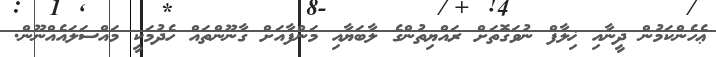
ޢެހެންކަމުން ދީނާއި ޚިލާފް ނުވަގޮތަށް ރައްޔިތުންގެ ލާބަޔާއި މަންފާއަށް ގާނޫންތައް ހެދުމަކީ މައްސަލައެއްނޫން.